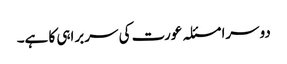
دوسرا مسئلہ عورت کی سربراہی کا ہے۔